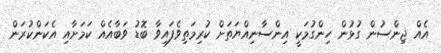
އެއް ޖިންސުން ގުޅުން ހިންގުމަކީ އިންސާނިއްޔަތަށް ކުރިމަތިވެފައިވާ ބޮޑު ވަބާއެއް ކަމަށާއި އެކަންކުރަން